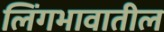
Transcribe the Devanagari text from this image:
लिंगभावातील